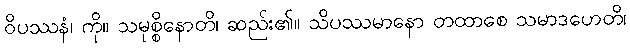
ဝိပဿနံ၊ ကို။ သမုစ္စိနောတိ၊ ဆည်း၏။ သိပဿမာနော တထာစေ သမာဒဟေတိ၊